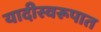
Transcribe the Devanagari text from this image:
यादीस्वरूपात